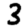
Digit: 3